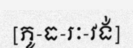
[ភូ-ធ-រៈ-វង់]